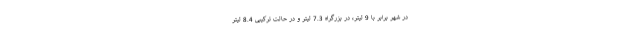
در شهر برابر با 9 لیتر، در بزرگراه 7.3 لیتر و در حالت ترکیبی 8.4 لیتر